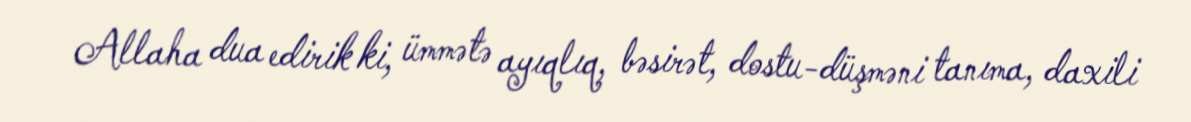
Allaha dua edirik ki, ümmətə ayıqlıq, bəsirət, dostu-düşməni tanıma, daxili